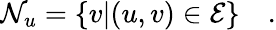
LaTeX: \mathcal{N}_{u}=\{ v|(u,v)\in\mathcal{E}\} \quad.